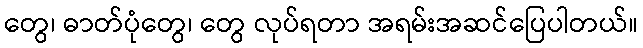
တွေ၊ ဓာတ်ပုံတွေ၊ တွေ လုပ်ရတာ အရမ်းအဆင်ပြေပါတယ်။